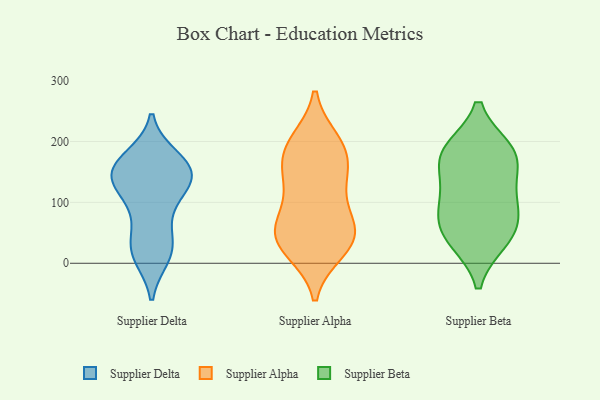
{"axis": {"x": "Inventory Turnover", "y": "Value"}, "legend": ["Supplier Alpha", "Supplier Beta", "Supplier Delta"], "data": [{"x": "", "y": 29, "type": "Supplier Delta"}, {"x": "", "y": 173, "type": "Supplier Delta"}, {"x": "", "y": 169, "type": "Supplier Delta"}, {"x": "", "y": 140, "type": "Supplier Delta"}, {"x": "", "y": 59, "type": "Supplier Delta"}, {"x": "", "y": 145, "type": "Supplier Delta"}, {"x": "", "y": 91, "type": "Supplier Delta"}, {"x": "", "y": 160, "type": "Supplier Delta"}, {"x": "", "y": 12, "type": "Supplier Delta"}, {"x": "", "y": 17, "type": "Supplier Delta"}, {"x": "", "y": 145, "type": "Supplier Delta"}, {"x": "", "y": 157, "type": "Supplier Delta"}, {"x": "", "y": 133, "type": "Supplier Delta"}, {"x": "", "y": 20, "type": "Supplier Delta"}, {"x": "", "y": 135, "type": "Supplier Delta"}, {"x": "", "y": 111, "type": "Supplier Delta"}, {"x": "", "y": 61, "type": "Supplier Alpha"}, {"x": "", "y": 179, "type": "Supplier Alpha"}, {"x": "", "y": 55, "type": "Supplier Alpha"}, {"x": "", "y": 41, "type": "Supplier Alpha"}, {"x": "", "y": 199, "type": "Supplier Alpha"}, {"x": "", "y": 139, "type": "Supplier Alpha"}, {"x": "", "y": 193, "type": "Supplier Alpha"}, {"x": "", "y": 22, "type": "Supplier Alpha"}, {"x": "", "y": 183, "type": "Supplier Alpha"}, {"x": "", "y": 67, "type": "Supplier Alpha"}, {"x": "", "y": 42, "type": "Supplier Alpha"}, {"x": "", "y": 120, "type": "Supplier Alpha"}, {"x": "", "y": 28, "type": "Supplier Alpha"}, {"x": "", "y": 138, "type": "Supplier Alpha"}, {"x": "", "y": 177, "type": "Supplier Beta"}, {"x": "", "y": 184, "type": "Supplier Beta"}, {"x": "", "y": 111, "type": "Supplier Beta"}, {"x": "", "y": 77, "type": "Supplier Beta"}, {"x": "", "y": 185, "type": "Supplier Beta"}, {"x": "", "y": 165, "type": "Supplier Beta"}, {"x": "", "y": 38, "type": "Supplier Beta"}, {"x": "", "y": 111, "type": "Supplier Beta"}, {"x": "", "y": 64, "type": "Supplier Beta"}, {"x": "", "y": 39, "type": "Supplier Beta"}]}